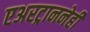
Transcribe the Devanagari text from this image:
एअरट्राननेही